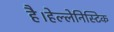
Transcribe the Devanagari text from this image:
है।हेल्लेनिस्टिक